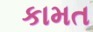
કામત